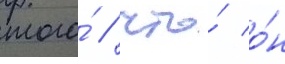
того́ / что́ о́н